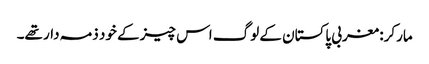
مارکر: مغربی پاکستان کے لوگ اس چیز کے خود ذمہ دار تھے۔